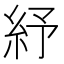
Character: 紓